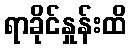
ရာခိုင်နှုန်းထိ